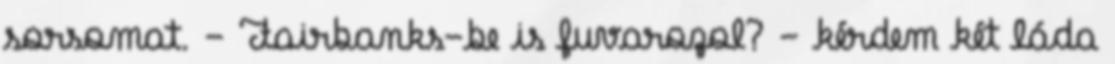
sorsomat. - Fairbanks-be is fuvarozol? - kérdem két láda